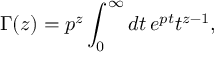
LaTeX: \Gamma ( z ) = p ^ { z } \int _ { 0 } ^ { \infty } d t \, e ^ { p t } t ^ { z - 1 } ,